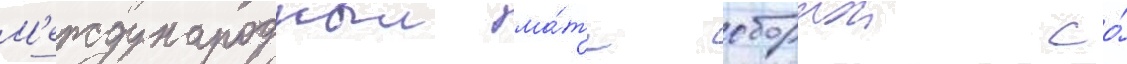
М'еждународныи ма́тч сборнои со́